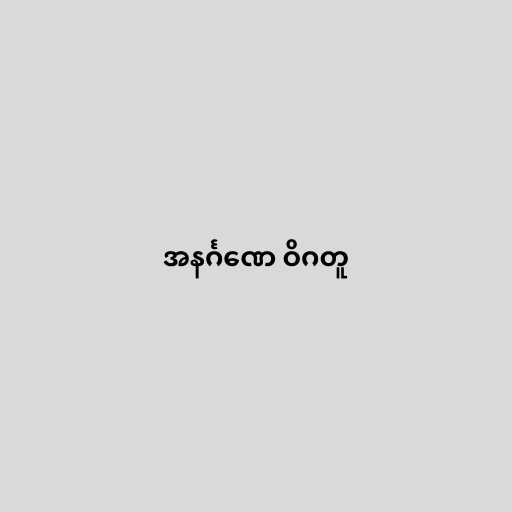
အနင်္ဂဏေ ဝိဂတူ